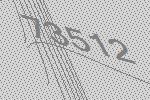
73512